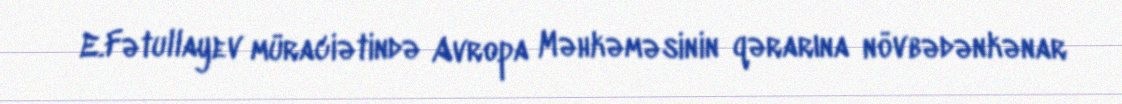
E.Fətullayev müraciətində Avropa Məhkəməsinin qərarına növbədənkənar